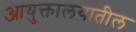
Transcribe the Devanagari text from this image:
आयुक्तालयातील